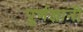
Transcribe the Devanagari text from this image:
पूर्णज्ञानी